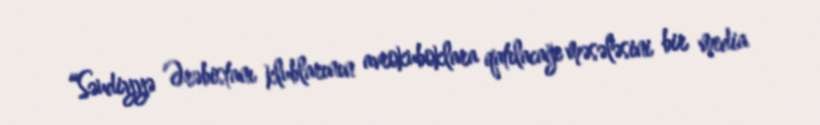
“Səudiyyə Ərəbistanı klublarının avrokuboklara qatılacağı məsələsini bir media